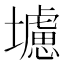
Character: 𭐁